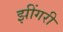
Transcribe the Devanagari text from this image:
झींगरी